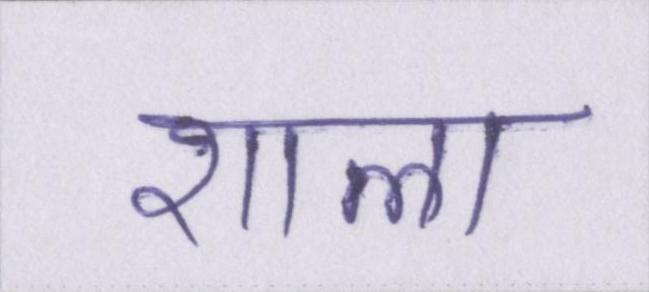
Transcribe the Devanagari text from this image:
शाला